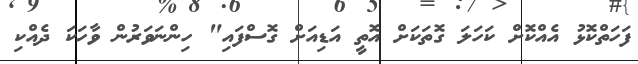
ފަހަތްކޮޅު އެއްކޮށް ކަހަލަ ގޮތަކަށް އޮތީ އަޑިއަށް ގޮސްފައި" ހިންނަވަރުން ވާހަކަ ދެއްކި